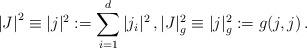
LaTeX: \begin{align*}\begin{aligned}& \left|J\right|^2\equiv|j|^2:= \sum_{i = 1}^d |j_i|^2 \, , |J|^2_g \equiv |j|_g^2 := g(j, j)\,. \end{aligned}\end{align*}